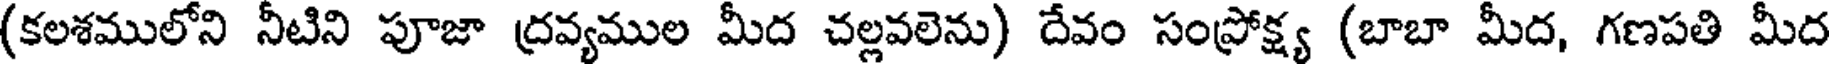
(కలశములోని నీటిని పూజా ద్రవ్యముల మీద చల్లవలెను) దేవం సంప్రోక్ష్య (బాబా మీద, గణపతి మీద